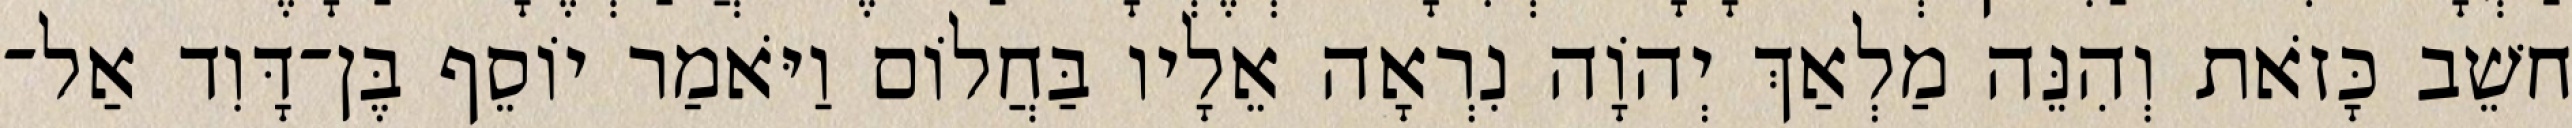
חשֵׁב כָּזֹאת וְהִנֵּה מַלְאַךְ יְהוָֹה נִרְאָה אֵלָיו בַּחֲלוֹם וַיֹּאמַר יוֹסֵף בֶּן־דָּוִד אַל־